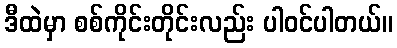
ဒီထဲမှာ စစ်ကိုင်းတိုင်းလည်း ပါဝင်ပါတယ်။